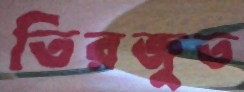
তিরজুত